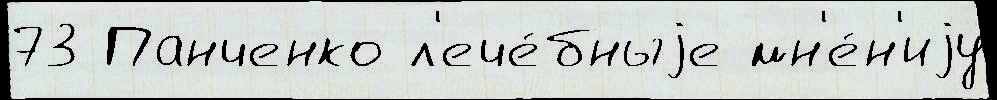
73 Панченко л'ече́бныjе мн'е́н'иjу